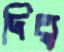
দিত্ব